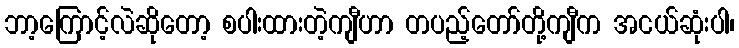
ဘာ့ကြောင့်လဲဆိုတော့ စပါးထားတဲ့ကျီဟာ တပည့်တော်တို့ကျီက အငယ်ဆုံးပါ၊